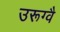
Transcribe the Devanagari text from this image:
उरूग्वै